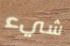
شيء